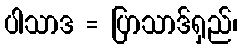
ပါသာဒ = ပြာသာဒ်ရှည်၊